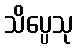
သိပ္ပေသု